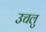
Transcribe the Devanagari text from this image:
उचलु